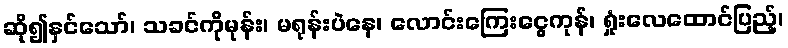
ဆို၍နှင်သော်၊ သခင်ကိုမုန်း၊ မရုန်းပဲနေ၊ လောင်းကြေးငွေကုန်၊ ရှုံးလေထောင်ပြည့်၊